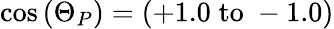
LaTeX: \cos{(\Theta_{P})}=(+1.0\; \mathrm{{to}}\; -1.0)